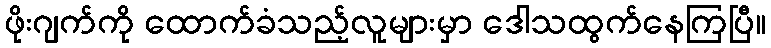
ဖိုးဂျက်ကို ထောက်ခံသည့်လူများမှာ ဒေါသထွက်နေကြပြီ။